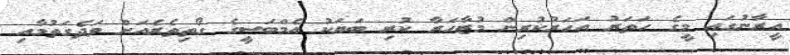
އީރާނުގައި މީގެ ހަތަރު އަހަރުކުރިން މުޒާހަރާ ކުރި ބަޔަކު އެމްބަސީގެ ގޯތިތެރެއަށް ވަދެގަތުމާއި